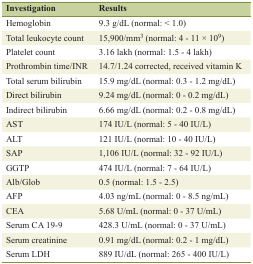
| Investigation | Results |
 | --- | --- |
 | Hemoglobin | 9.3 g/dL (normal: < 1.0) |
 | Total leukocyte count | 15,900/mm3 (normal: 4 - 11 × 109) |
 | Platelet count | 3.16 lakh (normal: 1.5 - 4 lakh) |
 | Prothrombin time/INR | 14.7/1.24 corrected, received vitamin K |
 | Total serum bilirubin | 15.9 mg/dL (normal: 0.3 - 1.2 mg/dL) |
 | Direct bilirubin | 9.24 mg/dL (normal: 0 - 0.2 mg/dL) |
 | Indirect bilirubin | 6.66 mg/dL (normal: 0.2 - 0.8 mg/dL) |
 | AST | 174 IU/L (normal: 5 - 40 IU/L) |
 | ALT | 121 IU/L (normal: 10 - 40 IU/L) |
 | SAP | 1,106 IU/L (normal: 32 - 92 IU/L) |
 | GGTP | 474 IU/L (normal: 7 - 64 IU/L) |
 | Alb/Glob | 0.5 (normal: 1.5 - 2.5) |
 | AFP | 4.03 ng/mL (normal: 0 - 8.5 ng/mL) |
 | CEA | 5.68 U/mL (normal: 0 - 37 U/mL) |
 | Serum CA 19-9 | 428.3 U/mL (normal: 0 - 37 U/mL) |
 | Serum creatinine | 0.91 mg/dL (normal: 0.2 - 1 mg/dL) |
 | Serum LDH | 889 IU/dL (normal: 265 - 400 IU/L) |